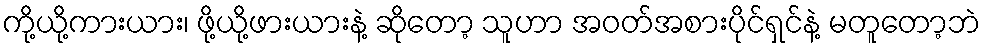
ကို့ယို့ကားယား၊ ဖို့ယို့ဖားယားနဲ့ ဆိုတော့ သူဟာ အဝတ်အစားပိုင်ရှင်နဲ့ မတူတော့ဘဲ